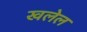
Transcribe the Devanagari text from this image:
खलेल